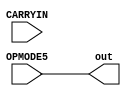
`timescale 1ns / 1ps
//////////////////////////////////////////////////////////////////////////////////
// Company: 
// Engineer: 
// 
// Design Name: 
// Module Name: Mux_CYIN
// Project Name: 
// Target Devices: 
// Tool Versions: 
// Description: 
// 
// Dependencies: 
// 
// Revision:
// Revision 0.01 - File Created
// Additional Comments:
// 
//////////////////////////////////////////////////////////////////////////////////


module Mux_CYIN
#(parameter  CARRYINSEL="OPMODE5" )
    (
        output reg out,
        input OPMODE5,CARRYIN     
    );
    generate
        always @(*) 
        begin
            case (CARRYINSEL)
                "CARRYIN": out=CARRYIN;
                "OPMODE5": out=OPMODE5;
                default: out=0;
            endcase    
        end
    endgenerate

endmodule